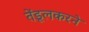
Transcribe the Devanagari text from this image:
तेंडूलकरने